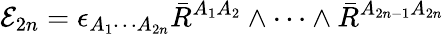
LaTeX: {\cal E}_{2n}=\epsilon_{A_{1}\cdots A_{2n}}\bar{R}^{A_{1}A_{2}}\wedge\cdots\wedge\bar{R}^{A_{2n-1}A_{2n}}